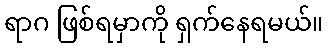
ရာဂ ဖြစ်ရမှာကို ရှက်နေရမယ်။